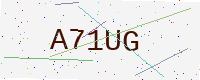
Text: A71UG